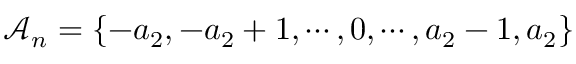
\mathcal { A } _ { n } = \{ - a _ { 2 } , - a _ { 2 } + 1 , \cdots , 0 , \cdots , a _ { 2 } - 1 , a _ { 2 } \}